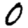
Digit: 0